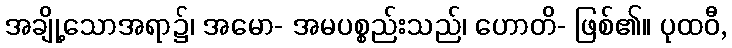
အချို့သောအရာ၌၊ အမော- အမပစ္စည်းသည်၊ ဟောတိ- ဖြစ်၏။ ပုထဝီ,